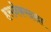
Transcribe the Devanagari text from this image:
हसनेकरदादा